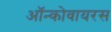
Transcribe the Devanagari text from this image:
ऑन्कोवायरस